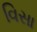
વિસા